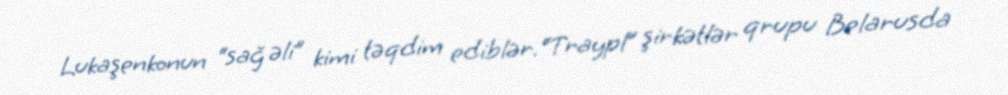
Lukaşenkonun “sağ əli” kimi təqdim ediblər.“Traypl” şirkətlər qrupu Belarusda